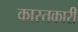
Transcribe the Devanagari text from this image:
कास्तकारी